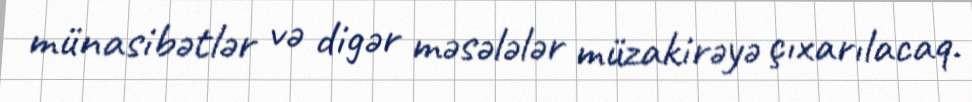
münasibətlər və digər məsələlər müzakirəyə çıxarılacaq.